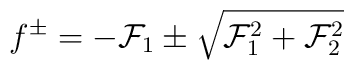
f^{\pm}=-{\cal F}_{1} \pm \sqrt{{\cal F}_{1}^{2}+{\cal F}_{2}^{2}}